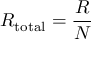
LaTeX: R _ { \mathrm { t o t a l } } = { \frac { R } { N } }